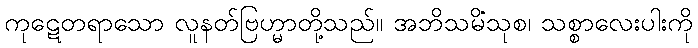
ကုဋေတရာသော လူနတ်ဗြဟ္မာတို့သည်။ အဘိသမိံသုစ၊ သစ္စာလေးပါးကို